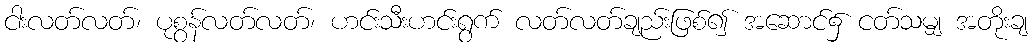
ငါးလတ်လတ်၊ ပုစွန်လတ်လတ်၊ ဟင်းသီးဟင်းရွက် လတ်လတ်ချည်းဖြစ်၍ အဆောင်၌ ငတ်သမျှ အတိုးချ